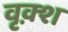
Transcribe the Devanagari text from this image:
वृक़्श